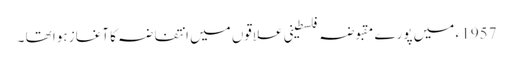
1957 ء میں پورے مقبوضہ فلسطینی علاقوں میں انتفاضہ کا آغاز ہوا تھا ۔